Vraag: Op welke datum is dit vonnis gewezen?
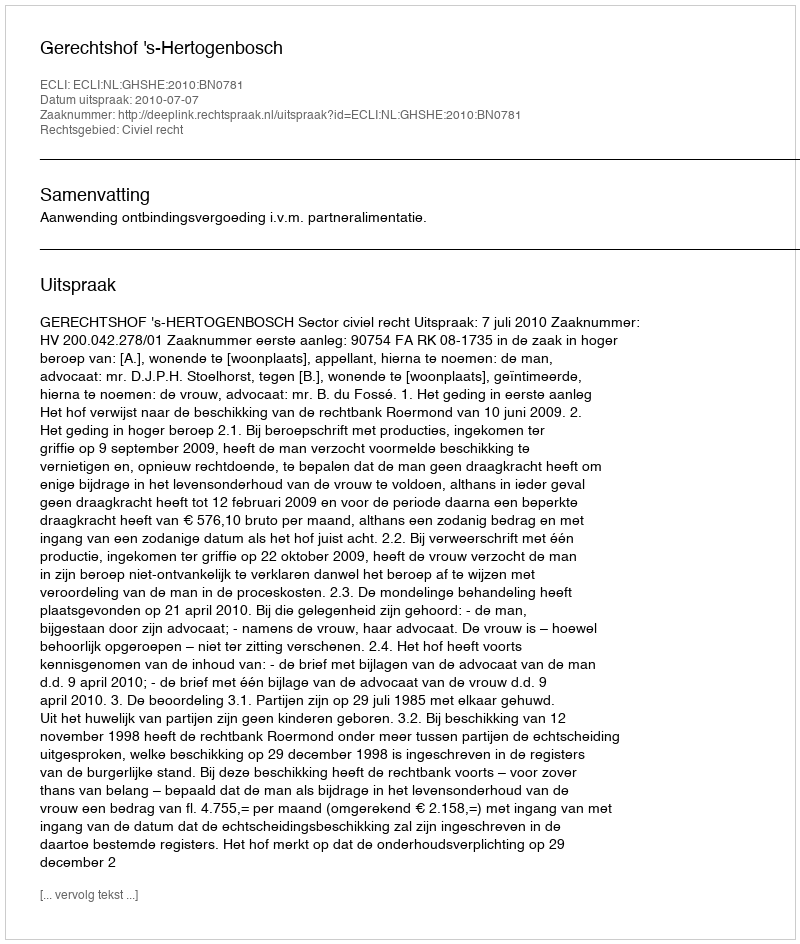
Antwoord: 2010-07-07